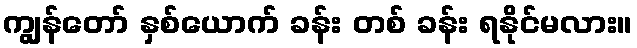
ကျွန်တော် နှစ်ယောက် ခန်း တစ် ခန်း ရနိုင်မလား။